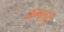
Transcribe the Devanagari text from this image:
कमलेदुं